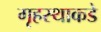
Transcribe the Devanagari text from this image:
गृहस्थाकडे